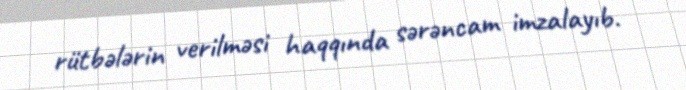
rütbələrin verilməsi haqqında sərəncam imzalayıb.